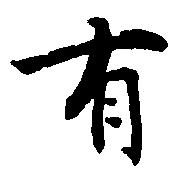
有